Report of the veterinary officer investigating camel disease
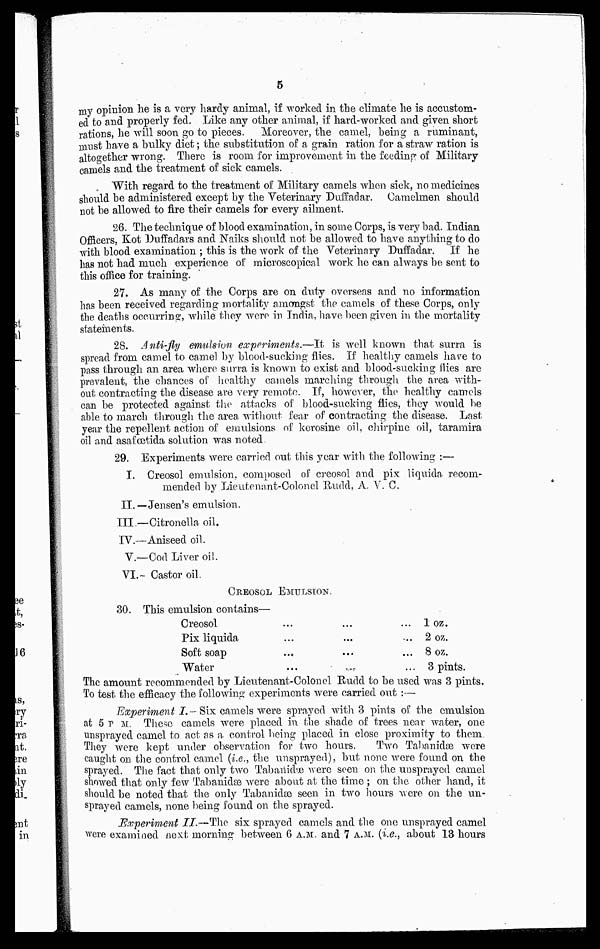
5
my opinion he is a very hardy animal, if worked in the climate he is accustom-
ed to and properly fed. Like any other animal, if hard-worked and given short
rations, he will soon go to pieces. Moreover, the camel, being a ruminant,
must have a bulky diet ; the substitution of a grain ration for a straw ration is
altogether wrong. There is room for improvement in the feeding of Military
camels and the treatment of sick camels.
With regard to the treatment of Military camels when sick, no medicines
should be administered except by the Veterinary Duffadar. Camelmen should
not be allowed to fire their camels for every ailment.
26. The technique of blood examination, in some Corps, is very bad. Indian
Officers, Kot Duffadars and Naiks should not be allowed to have anything to do
with blood examination ; this is the work of the Veterinary Duffadar. If he
has not had much experience of microscopical work he can always be sent to
this office for training.
27. As many of the Corps are on duty overseas and no information
has been received regarding mortality amongst the camels of these Corps, only
the deaths occurring, while they were in India, have been given in the mortality-
statements.
28. Anti-fly emulsion experiments.—It is well known that surra is
spread from camel to camel by blood-sucking flies. If healthy camels have to
pass through an area where surra is known to exist and blood-sucking flies are
prevalent, the chances of healthy camels marching through the area with-
out contracting the disease are very remote. If, however, the healthy camels
can be protected against the attacks of blood-sucking flies, they would be
able to march through the area, without fear of contracting the disease. Last
year the repellent action of emulsions of kerosine oil, chirpine oil, taramira
oil and asafœfida solution was noted
29. Experiments were carried out this year with the following :—
I. Creosol emulsion , composed of creosol and pix liquida recom-
mended by Lieutenant-Colonel Rudd, A, V. C.
II.—Jensen's emulsion.
III.—Citronella oil.
IV.—Aniseed oil.
V.—Cod Liver oil.
VI.—Castor oil.
CREOSOL EMULSION.
30. This emulsion contains—
Creosol
Pix liquida
Soft soap
Water
...
...
...
...
...
...
...
...
...
..
...
...
1 oz.
2 oz.
8 oz.
3 pints.
The amount recommended by Lieutenant-Colonel Rudd to be used was 3 pints.
To test the efficacy the following experiments were carried out :—
Experiment I.— Six camels were sprayed with 3 pints of the emulsion
at 5 P. M. These camels were placed in. the shade of trees near water, one
unsprayed camel to act as a control being placed in close proximity to them
They were kept under observation for two hours.
Two Tabanidæ were
caught on the control camel (i.e., the unsprayed), but none were found on the
sprayed. The fact that only two Tabanidæ were seen on the unsprayed camel
showed that only few Tabanidæ were about at the time ; on the other hand, it
should be noted that the only Tabanidæ seen in two hours were on the un-
sprayed camels, none being found on the sprayed.
Experiment II.—The six sprayed camels and the one unsprayed camel
were examined next morning between 6 A.M.. and 7 A.M.. (i.e., about 13 hours